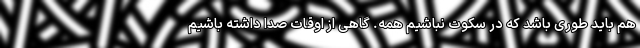
هم باید طوری باشد که در سکوت نباشیم همه. گاهی از اوقات صدا داشته باشیم